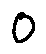
0